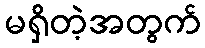
မရှိတဲ့အတွက်